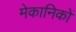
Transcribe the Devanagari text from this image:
मेकानिकों